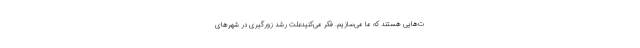
ت‌هایی هستند که ما می‌سازیم. فکر می‌کنیدعلت رشد زورگیری در شهرهای